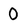
Character: 0